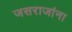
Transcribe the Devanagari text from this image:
जसराजांना